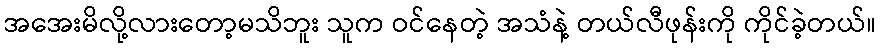
အအေးမိလို့လားတော့မသိဘူး သူက ဝင်နေတဲ့ အသံနဲ့ တယ်လီဖုန်းကို ကိုင်ခဲ့တယ်။